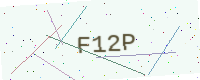
Text: F12P